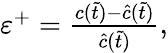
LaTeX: \begin{array}{r}{\varepsilon^{+}=\frac{c(\tilde{t})-\hat{c}(\tilde{t})}{\hat{c}(\tilde{t})},}\end{array}